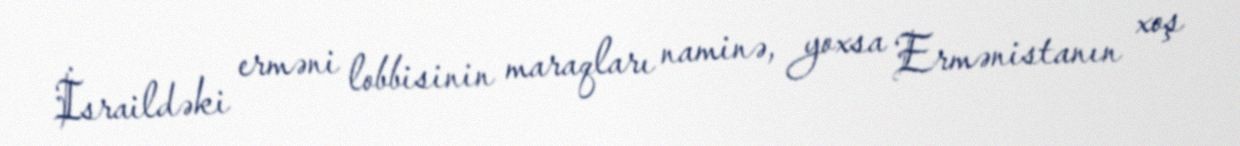
İsraildəki erməni lobbisinin maraqları naminə, yoxsa Ermənistanın xoş